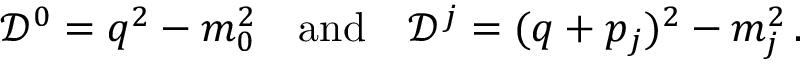
{ \mathcal D } ^ { 0 } = q ^ { 2 } - m _ { 0 } ^ { 2 } \quad \mathrm { a n d } \quad { \mathcal D } ^ { j } = ( q + p _ { j } ) ^ { 2 } - m _ { j } ^ { 2 } \, .